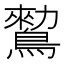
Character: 𪄪